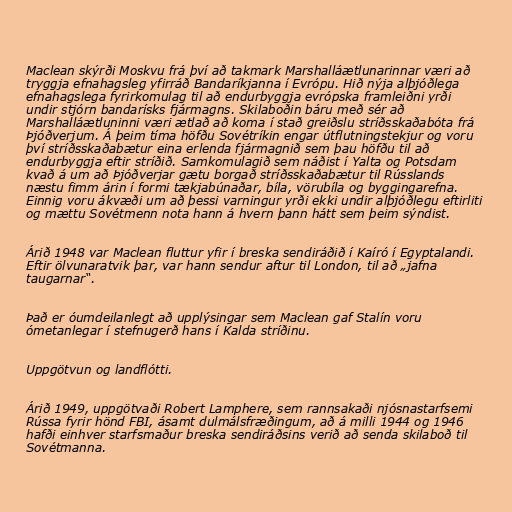
Maclean skýrði Moskvu frá því að takmark Marshalláætlunarinnar væri að
tryggja efnahagsleg yfirráð Bandaríkjanna í Evrópu. Hið nýja alþjóðlega
efnahagslega fyrirkomulag til að endurbyggja evrópska framleiðni yrði
undir stjórn bandarísks fjármagns. Skilaboðin báru með sér að
Marshalláætluninni væri ætlað að koma í stað greiðslu stríðsskaðabóta frá
Þjóðverjum. Á þeim tíma höfðu Sovétríkin engar útflutningstekjur og voru
því stríðsskaðabætur eina erlenda fjármagnið sem þau höfðu til að
endurbyggja eftir stríðið. Samkomulagið sem náðist í Yalta og Potsdam
kvað á um að Þjóðverjar gætu borgað stríðsskaðabætur til Rússlands
næstu fimm árin í formi tækjabúnaðar, bíla, vörubíla og byggingarefna.
Einnig voru ákvæði um að þessi varningur yrði ekki undir alþjóðlegu eftirliti
og mættu Sovétmenn nota hann á hvern þann hátt sem þeim sýndist.

Árið 1948 var Maclean fluttur yfir í breska sendiráðið í Kaíró í Egyptalandi.
Eftir ölvunaratvik þar, var hann sendur aftur til London, til að „jafna
taugarnar“.

Það er óumdeilanlegt að upplýsingar sem Maclean gaf Stalín voru
ómetanlegar í stefnugerð hans í Kalda stríðinu.

Uppgötvun og landflótti.

Árið 1949, uppgötvaði Robert Lamphere, sem rannsakaði njósnastarfsemi
Rússa fyrir hönd FBI, ásamt dulmálsfræðingum, að á milli 1944 og 1946
hafði einhver starfsmaður breska sendiráðsins verið að senda skilaboð til
Sovétmanna.